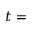
t =